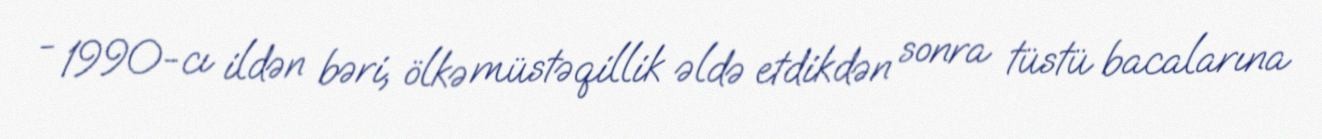
- 1990-cı ildən bəri, ölkə müstəqillik əldə etdikdən sonra tüstü bacalarına